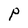
Character: P